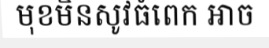
មុខមិនសូវធំពេក អាច